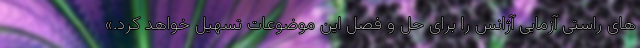
های راستی آزمایی آژانس را برای حل و فصل این موضوعات تسهیل خواهد کرد.»